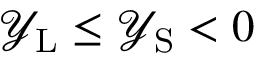
\ensuremath { \mathcal { Y } _ { \mathrm { { L } } } } \leq \ensuremath { \mathcal { Y } _ { \mathrm { { S } } } } < 0